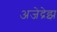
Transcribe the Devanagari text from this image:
अजेद्रेझ